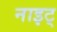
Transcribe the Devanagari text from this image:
नाइट्